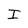
Character: I